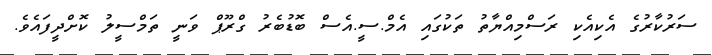
ސަރުކާރުގެ އެކިއެކި ރަސްމިއްޔާތު ތަކުގައި އެމް.ސީ.އެސް ބޮޑުބެރު ގްރޫޕް ވަނީ ތަމްސީލު ކޮށްދީފައެވެ.